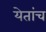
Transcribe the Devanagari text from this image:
येतांच